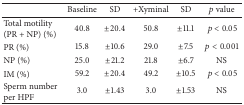
<table><thead><tr><td><b> </b></td><td><b>Baseline</b></td><td><b>SD</b></td><td><b>+Xyminal</b></td><td><b>SD</b></td><td><b><i>p</i> value</b></td></tr></thead><tbody><tr><td>Total motility (PR + NP) (%) </td><td>40.8</td><td>±20.4</td><td>50.8</td><td>±11.1</td><td> <i>p</i> &lt; 0.05</td></tr><tr><td>PR (%)</td><td>15.8</td><td>±10.6</td><td>29.0</td><td>±7.5</td><td> <i>p</i> &lt; 0.001</td></tr><tr><td>NP (%)</td><td>25.0</td><td>±21.2</td><td>21.8</td><td>±6.7</td><td>NS</td></tr><tr><td>IM (%)</td><td>59.2</td><td>±20.4</td><td>49.2</td><td>±10.5</td><td> <i>p</i> &lt; 0.05</td></tr><tr><td>Sperm number per HPF</td><td>3.0</td><td>±1.43</td><td>3.0</td><td>±1.53</td><td>NS</td></tr></tbody></table>